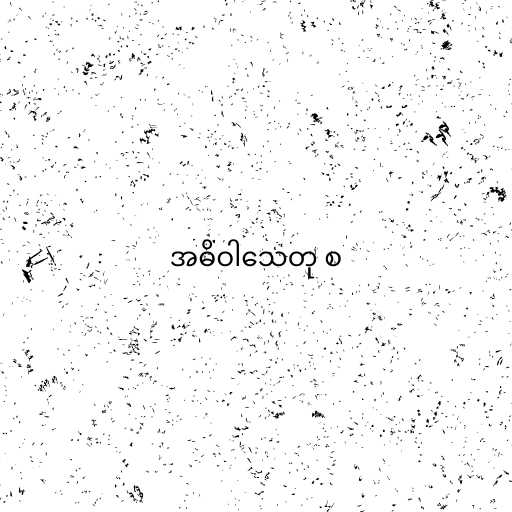
အဓိဝါသေတု စ